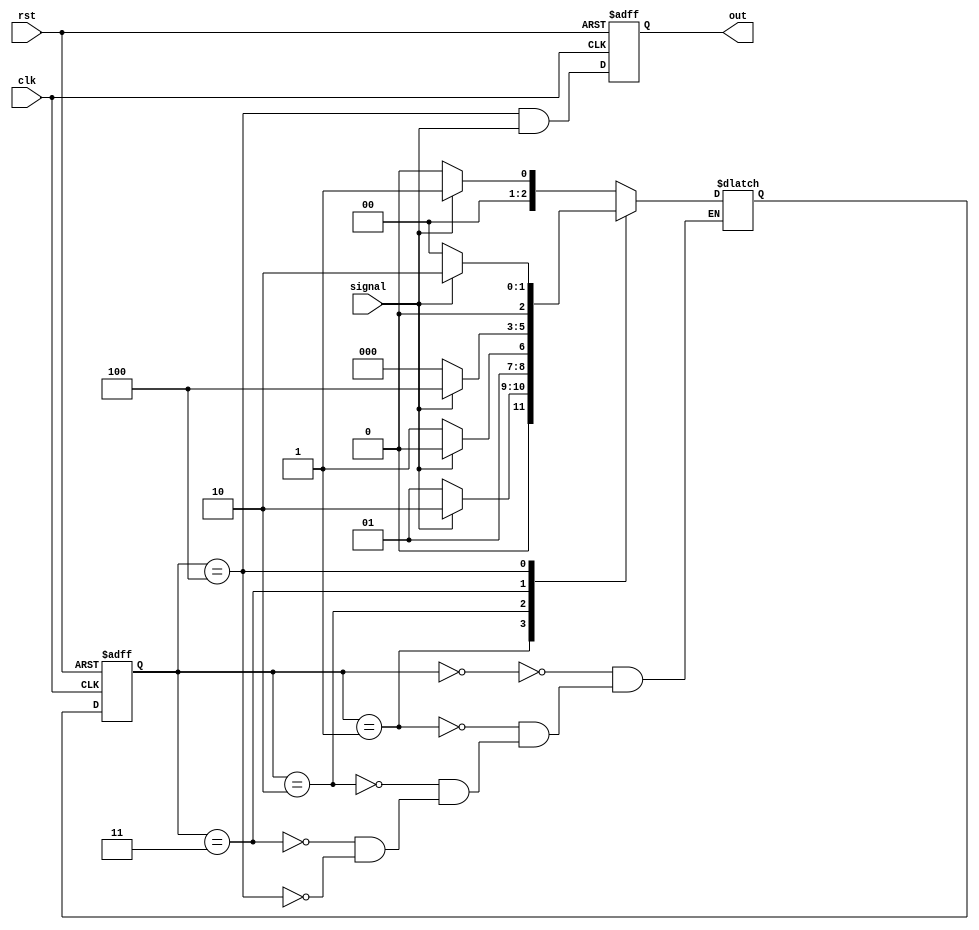
module sd_11011(clk,rst,signal,out);
  
  input clk,rst,signal;
  output reg out;
  
  parameter s0=3'b000,s1=3'b001,s2=3'b010,s3=3'b011,s4=3'b100;
  
  reg[2:0] ps,ns;
  
  always@(posedge clk or negedge rst)
    if(!rst)
      ps<=s0;
  	else 
      ps<=ns;
  
  always@(ps,signal)
    begin
      case(ps)
        s0:ns<=(signal==1)?s1:s0;
        s1:ns<=(signal==1)?s2:s1;
        s2:ns<=(signal==0)?s3:s2;
        s3:ns<=(signal==1)?s4:s0;
        s4:ns<=(signal==1)?s2:s0;
      endcase
    end
  
  always@(posedge clk,negedge rst)
     if (!rst)
       out <= 0;
      else
        out<= (ps == s4) && signal;
  
endmodule